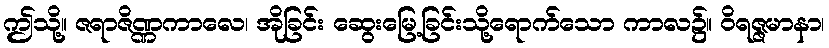
ဤသို့။ ဇရာဇိဏ္ဏကာလေ၊ အိုခြင်း ဆွေးမြေ့ခြင်းသို့ရောက်သော ကာလ၌။ ဝိရဇ္ဇမာနာ၊